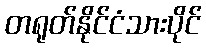
တရုတ်နိုင်ငံသားပိုင်